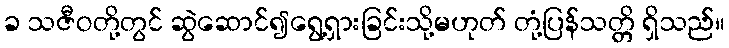
ခ သဇီဝတို့တွင် ဆွဲဆောင်၍ရွေ့ရှားခြင်းသို့မဟုတ် တုံ့ပြန်သတ္တိ ရှိသည်။